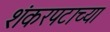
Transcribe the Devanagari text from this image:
शंकरपटाच्या